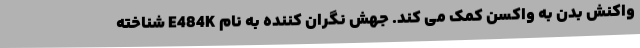
واکنش بدن به واکسن کمک می کند. جهش نگران کننده به نام E484K شناخته